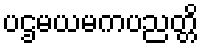
ပဌမယမကပညတ္တိ